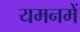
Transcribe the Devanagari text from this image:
यमनमें